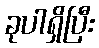
ခုပါရှိပြီး